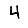
Digit: 4